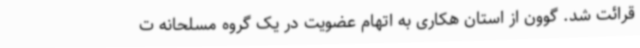
قرائت شد. گوون از استان هکاری به اتهام عضویت در یک گروه مسلحانه ت